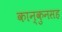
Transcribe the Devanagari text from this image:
कान्कुनसह